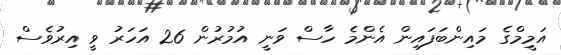
އަމީމްގެ މައިންބަފައިން އެންމެ ހާސް ވަނީ އުމުރުން 26 އަހަރު ވީ އިރުވެސް